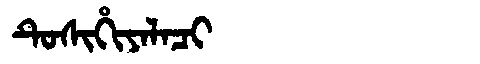
Manchu: ᡨᡠᠰᡳᡥᡳᠶᠠᠯᠠᠴᡳ
Romanization: TUSIHIYALACI